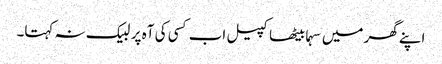
اپنے گھر میں سہما بیٹھا کپیل اب کسی کی آہ پر لبیک نہ کہتا۔